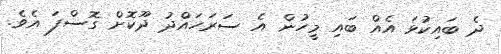
ދެ ބައިކުޅަ އެއް ބައި މީހުން އެ ސަރަހައްދު ދޫކޮށް ގޮސްފަ އެވެ.